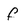
Character: f